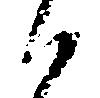
候